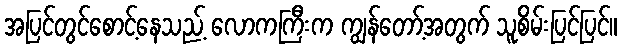
အပြင်တွင်စောင့်နေသည့် လောကကြီးက ကျွန်တော့်အတွက် သူစိမ်းပြင်ပြင်။